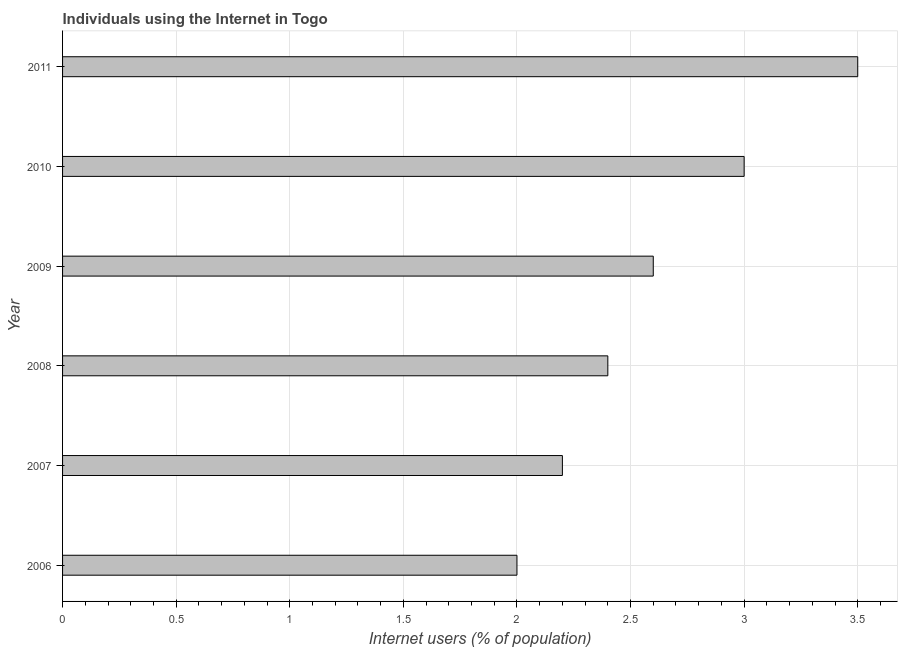
| Year | Internet users |
 | --- | --- |
 | 2006 | 2 |
 | 2007 | 2.2 |
 | 2008 | 2.4 |
 | 2009 | 2.6 |
 | 2010 | 3 |
 | 2011 | 3.5 |